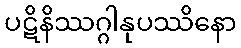
ပဋိနိဿဂ္ဂါနုပဿိနော